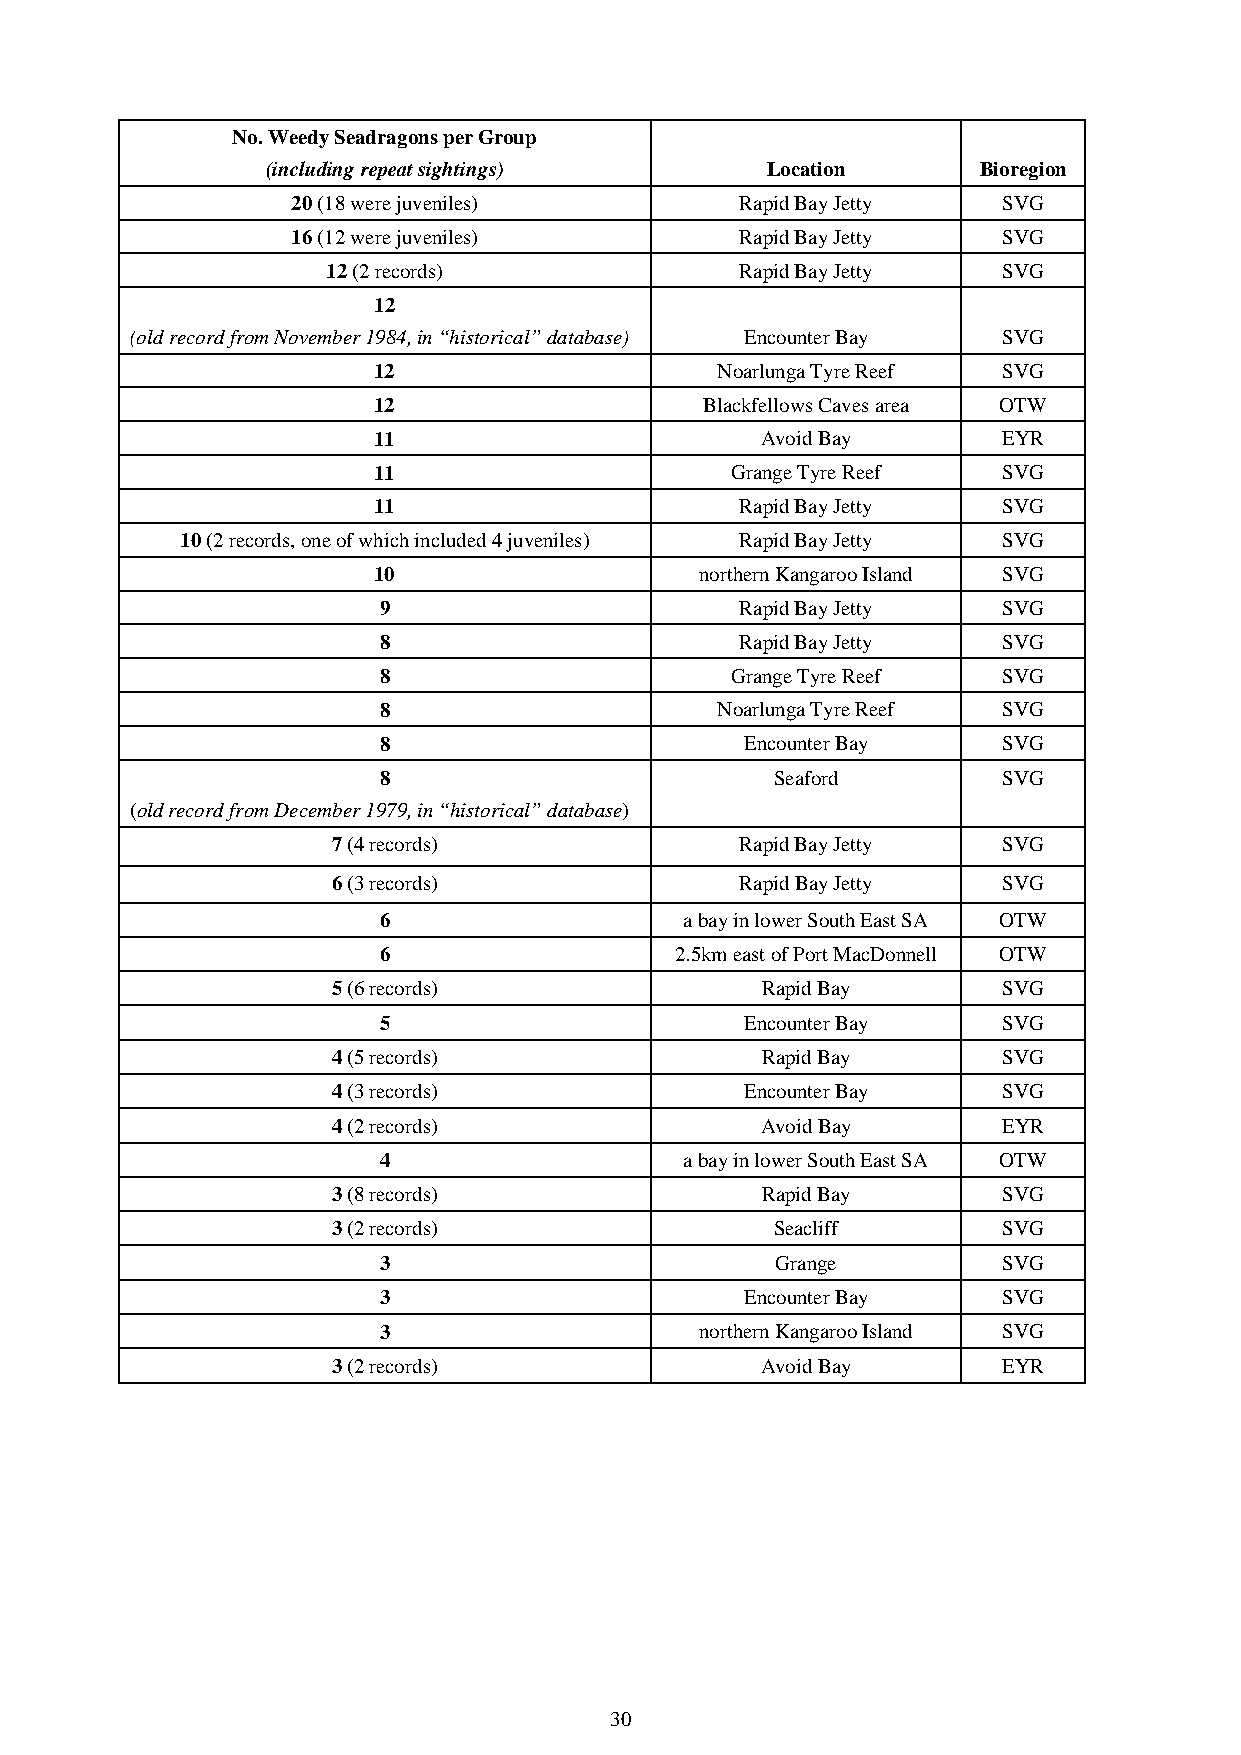
No. Weedy Seadragons per Group
 (including repeat sightings)     Location      Bioregion
 20 (18 were juveniles)        Rapid Bay Jetty  SVG
 16 (12 were juveniles)        Rapid Bay Jetty  SVG
 12 (2 records)             Rapid Bay Jetty  SVG
 12
 (old record from November 1984, in “historical” database) Encounter Bay SVG
 12                    Noarlunga Tyre Reef SVG
 12                    Blackfellows Caves area OTW
 11                       Avoid Bay       EYR
 11                     Grange Tyre Reef  SVG
 11                      Rapid Bay Jetty  SVG
 10 (2 records, one of which included 4 juveniles) Rapid Bay Jetty SVG
 10                   northern Kangaroo Island SVG
 9                       Rapid Bay Jetty  SVG
 8                       Rapid Bay Jetty  SVG
 8                      Grange Tyre Reef  SVG
 8                     Noarlunga Tyre Reef SVG
 8                       Encounter Bay    SVG
 8                         Seaford        SVG
 (old record from December 1979, in “historical” database)
 7 (4 records)              Rapid Bay Jetty  SVG
 6 (3 records)              Rapid Bay Jetty  SVG
 6                   a bay in lower South East SA OTW
 6                   2.5km east of Port MacDonnell OTW
 5 (6 records)               Rapid Bay       SVG
 5                       Encounter Bay    SVG
 4 (5 records)               Rapid Bay       SVG
 4 (3 records)              Encounter Bay    SVG
 4 (2 records)               Avoid Bay       EYR
 4                   a bay in lower South East SA OTW
 3 (8 records)               Rapid Bay       SVG
 3 (2 records)                Seacliff       SVG
 3                         Grange         SVG
 3                       Encounter Bay    SVG
 3                    northern Kangaroo Island SVG
 3 (2 records)               Avoid Bay       EYR
 30